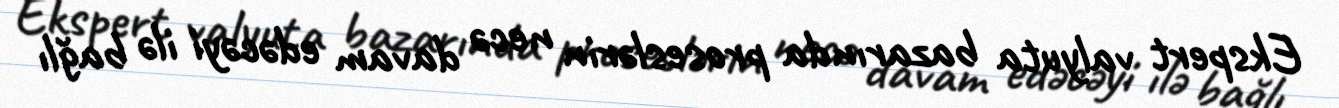
Ekspert valyuta bazarında proseslərin necə davam edəcəyi ilə bağlı